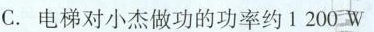
C.电梯对小杰做功的功率约1200W